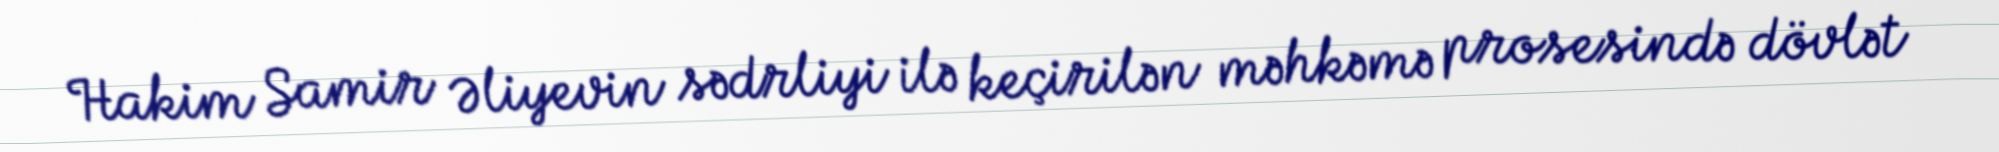
Hakim Samir Əliyevin sədrliyi ilə keçirilən məhkəmə prosesində dövlət